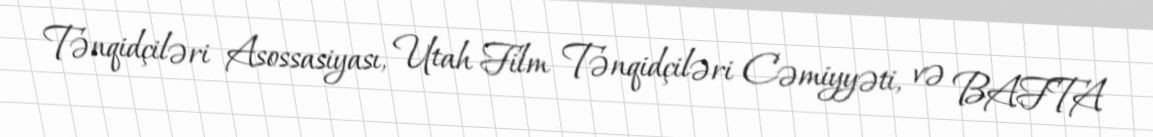
Tənqidçiləri Asossasiyası, Utah Film Tənqidçiləri Cəmiyyəti, və BAFTA